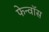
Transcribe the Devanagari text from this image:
फेन्‍वॉस